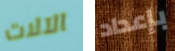
الآلات بإعداد